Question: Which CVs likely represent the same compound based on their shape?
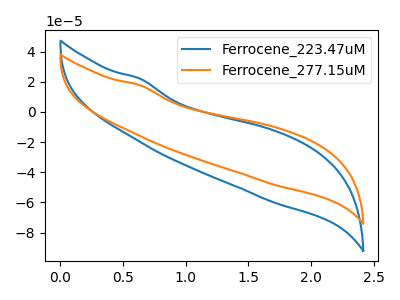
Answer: <think>The blue curve "Ferrocene_223.47uM" has no peaks. The orange curve "Ferrocene_277.15uM" has no peaks.
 Neither "Ferrocene_223.47uM" or "Ferrocene_277.15uM" have any peaks.</think>
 <answer>"Ferrocene_277.15uM" and "Ferrocene_223.47uM" have the same shape and are likely CV's of the same chemical.</answer>
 <eval>"Ferrocene_277.15uM" "Ferrocene_223.47uM"</eval>